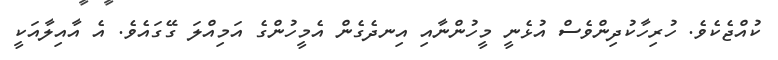
ކުއްޖެކެވެ. ހުރިހާކުދިންވެސް އުޅެނީ މީހުންނާއި އިނދެގެން އެމީހުންގެ އަމިއްލަ ގޭގައެވެ. އެ އާއިލާއަކީ